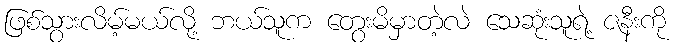
ဖြစ်သွားလိမ့်မယ်လို့ ဘယ်သူက တွေးမိမှာတဲ့လဲ သေဆုံးသူရဲ့ ဇနီးကို